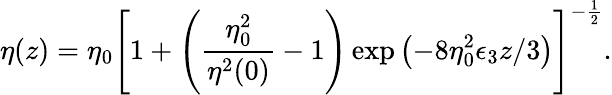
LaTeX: \eta(z)=\eta_{0}\left[1+\left(\frac{\eta_{0}^{2}}{\eta^{2}(0)}-1\right)\exp\left(-8\eta_{0}^{2}\epsilon_{3}z/3\right)\right]^{-\frac{1}{2}}.